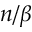
n / \beta